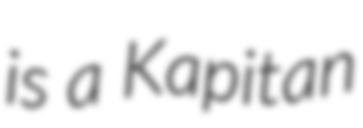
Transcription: is a Kapitan